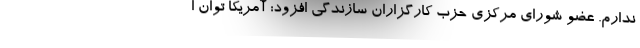
ندارم. عضو شورای مرکزی حزب کارگزاران سازندگی افزود: آمریکا توان ا